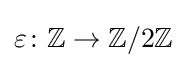
\varepsilon \colon \mathbb {Z} \to \mathbb {Z} /2\mathbb {Z}